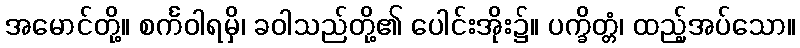
အမောင်တို့။ စင်္ကဝါရမှိ၊ ခဝါသည်တို့၏ ပေါင်းအိုး၌။ ပက္ခိတ္တံ၊ ထည့်အပ်သော။